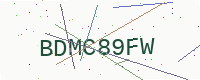
Text: BDMC89FW